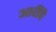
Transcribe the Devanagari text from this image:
आदींंचे